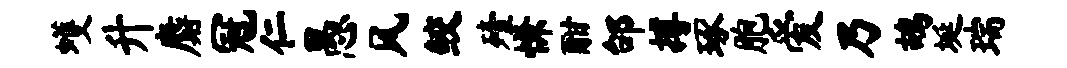
蠖升麝冠仁愚风鲛殪慊酣邰搏琢胞爱乃鸪埏瑞